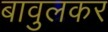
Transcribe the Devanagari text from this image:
बावुलकर